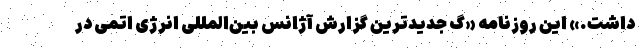
داشت.» این روزنامه «گ جدیدترین گزارش آژانس بین‌المللی انرژی اتمی در